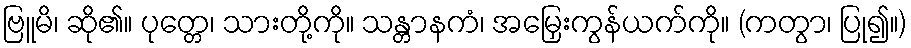
ဗြူမိ၊ ဆို၏။ ပုတ္တေ၊ သားတို့ကို။ သန္တာနကံ၊ အမြှေးကွန်ယက်ကို။ (ကတွာ၊ ပြု၍။)